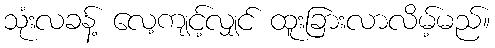
သုံးလခန့် လေ့ကျင့်လျှင် ထူးခြားလာလိမ့်မည်။